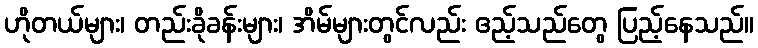
ဟိုတယ်များ၊ တည်းခိုခန်းများ၊ အိမ်များတွင်လည်း ဧည့်သည်တွေ ပြည့်နေသည်။